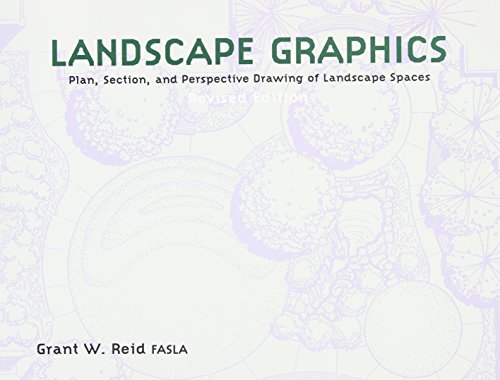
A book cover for Landscape Graphics; Grant Reid; Arts & Photography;